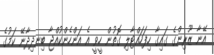
އޭނާ ޒޫރިންގެ ގައިގާ ހިފަހައްޓާލި ގޮތުން ހީވީ އެ އަންހެންކުއްޖާ ބިނދިދާނޭ ކަމުގެ